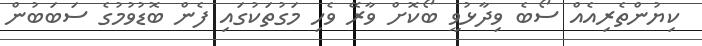
ކިޔުންތެރިއެއް ސޯބެ ވިދާޅުވީ ބޯކޮށް ވާރޭ ވެހި މަގުތަކުގައި ފެން ބޮޑުވުމުގެ ސަބަބުން